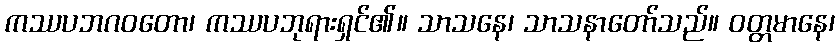
ကဿပဘဂဝတော၊ ကဿပဘုရားရှင်၏။ သာသနေ၊ သာသနာတော်သည်။ ဝတ္တမာနေ၊